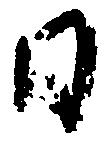
日